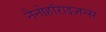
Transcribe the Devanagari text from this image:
नैनोहॉराइज़न्स